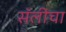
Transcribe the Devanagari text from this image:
सॅलीचा